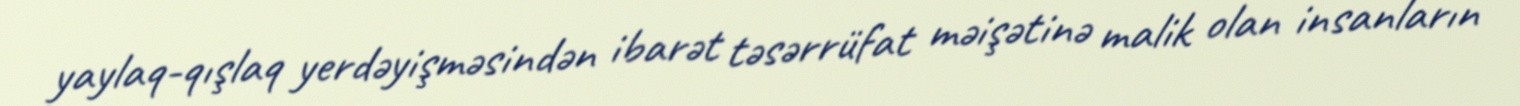
yaylaq-qışlaq yerdəyişməsindən ibarət təsərrüfat məişətinə malik olan insanların